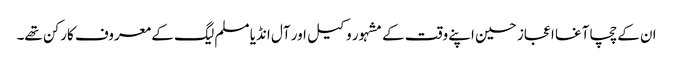
ان کے چچا آغا اعجاز حسین اپنے وقت کے مشہور وکیل اور آل انڈیا مسلم لیگ کے معروف کارکن تھے۔